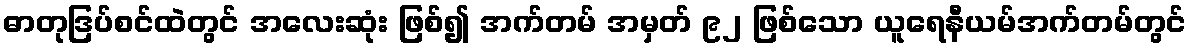
ဓာတုဒြပ်စင်ထဲတွင် အလေးဆုံး ဖြစ်၍ အက်တမ် အမှတ် ၉၂ ဖြစ်သော ယူရေနီယမ်အက်တမ်တွင်